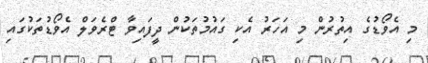
މި އެވޯޑުގެ އިތުރުން މި އަހަރު އެކި ގައުމުތަކުން ދީފައިވާ ޓްރެވަލް އެވޯޑުތަކުގައި